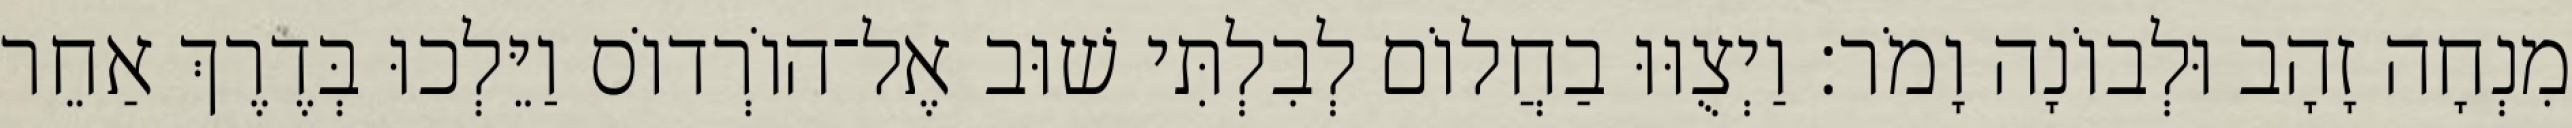
מִנְחָה זָהָב וּלְבוֹנָה וָמֹר׃ וַיְצֻוּוּ בַחֲלוֹם לְבִלְתִּי שׁוּב אֶל־הוֹרְדוֹס וַיֵּלְכוּ בְּדֶרֶךְ אַחֵר